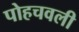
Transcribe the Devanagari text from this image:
पोहचवली